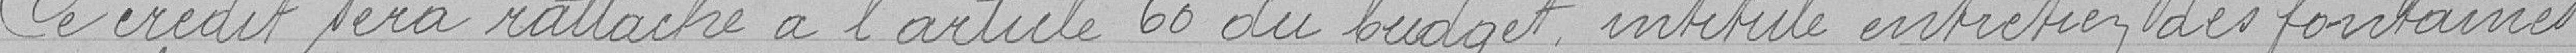
Ce crédit sera rattaché à l'article 60 du budget intitulé entretien des fontaines